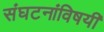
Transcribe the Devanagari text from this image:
संघटनांविषयी